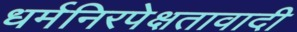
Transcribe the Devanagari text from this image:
धर्मनिरपेक्षतावादी